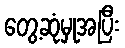
တွေ့ဆုံမှုအပြီး